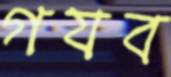
গযব